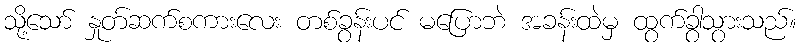
သို့သော် နှုတ်ဆက်စကားလေး တစ်ခွန်းပင် မပြောဘဲ အခန်းထဲမှ ထွက်ခွာသွားသည်။